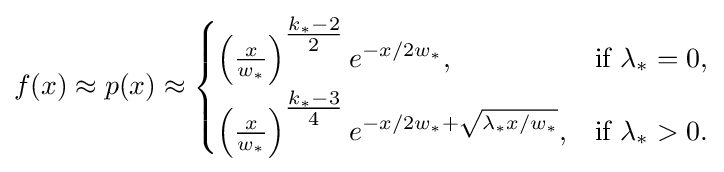
f(x)\approx p(x)\approx {\begin{cases}\left({\tfrac {x}{w_{*}}}\right)^{\tfrac {k_{*}-2}{2}}e^{-x/2w_{*}},&{\text{if }}\lambda _{*}=0,\\[1ex]\left({\tfrac {x}{w_{*}}}\right)^{\tfrac {k_{*}-3}{4}}e^{-x/2w_{*}+{\sqrt {\lambda _{*}x/w_{*}}}},&{\text{if }}\lambda _{*}>0.\end{cases}}